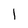
Character: l